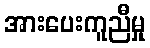
အားပေးကူညီမှု